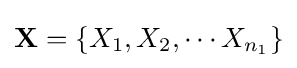
\mathbf {X} =\{X_{1},X_{2},\cdots X_{n_{1}}\}